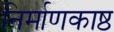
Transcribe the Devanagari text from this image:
निर्माणकाष्ठ